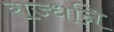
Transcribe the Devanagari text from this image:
राज्धनि